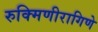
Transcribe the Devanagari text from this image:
रुक्मिणीरागिणे